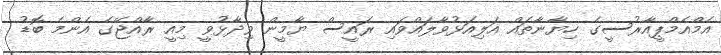
އެމްއެމްޕީއާރުސީގެ ހިޔާނާތައް އަލިއަޅުވާލައްވައި ރައީސް ޔާމީން ވިދާޅުވީ މިއީ ރާއްޖޭގެ އެންމެ ބޮޑު